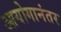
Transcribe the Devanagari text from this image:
आयोगानंतर